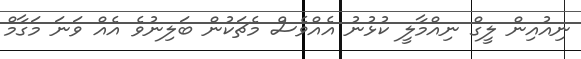
ނިއުއިން ލީގް ނިއްމާލީ ކުޅުނު އެއްވެސް މެޗަކުން ބަލިނުވެ އެއް ވަނަ މަގާމް